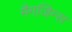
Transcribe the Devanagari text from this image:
मैगजिन्स